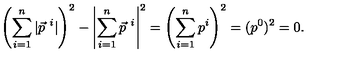
\left( \sum _ { i = 1 } ^ { n } | \vec { p } ^ { \ i } | \right) ^ { 2 } - \left| \sum _ { i = 1 } ^ { n } \vec { p } ^ { \ i } \right| ^ { 2 } = \left( \sum _ { i = 1 } ^ { n } p ^ { i } \right) ^ { 2 } = ( p ^ { 0 } ) ^ { 2 } = 0 .